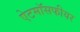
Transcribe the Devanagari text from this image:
ऐटमॉसफीयर